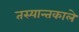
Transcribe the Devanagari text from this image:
तस्यान्तकाले